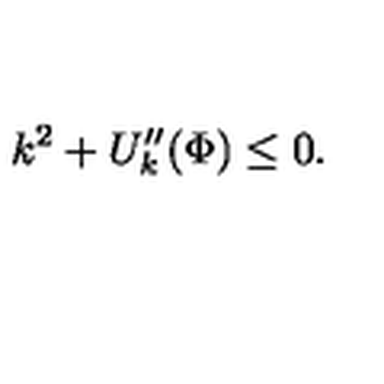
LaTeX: k ^ { 2 } + U _ { k } ^ { \prime \prime } ( \Phi ) \le 0 .